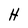
Character: H